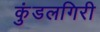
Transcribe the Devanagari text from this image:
कुंडलगिरी